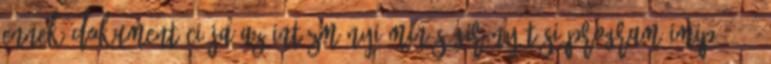
Ennek dokumentációja az Intézményi Minőségirányítási Program IMIP . 57